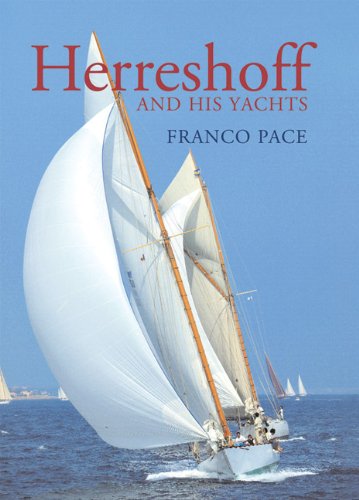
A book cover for Herreshoff and His Yachts; Arts & Photography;